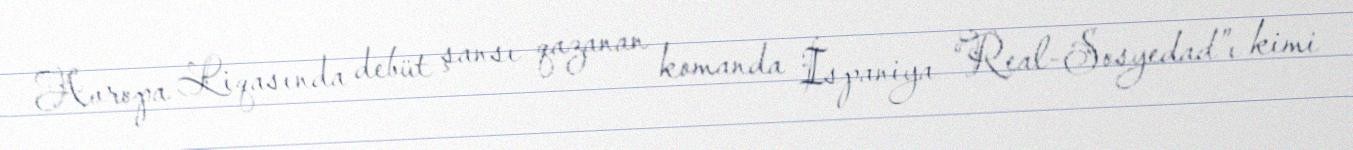
Avropa Liqasında debüt şansı qazanan komanda İspaniya “Real-Sosyedad”ı kimi